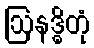
ဩနဒ္ဓိတုံ